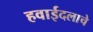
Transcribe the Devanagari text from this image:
हवाईदलाचे